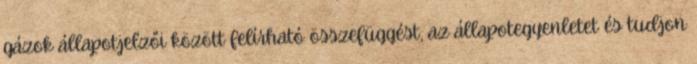
gázok állapotjelzői között felírható összefüggést, az állapotegyenletet és tudjon